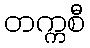
တက္ကစီ